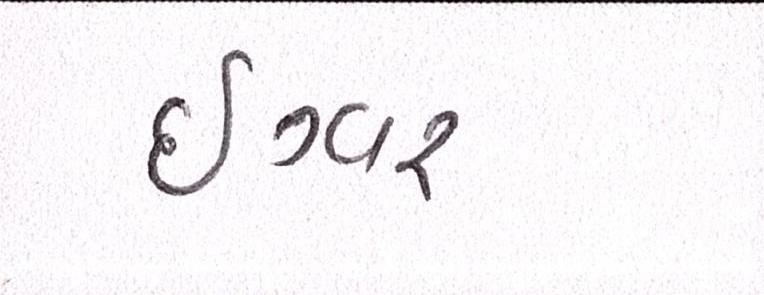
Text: ઈશ્વર